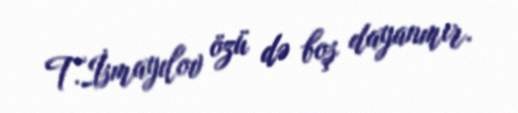
T.İsmayılov özü də boş dayanmır.